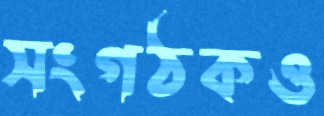
সংগঠকও